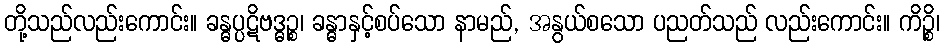
တို့သည်လည်းကောင်း။ ခန္ဓပ္ပဋိဗဒ္ဓဉ္စ၊ ခန္ဓာနှင့်စပ်သော နာမည်, အနွယ်စသော ပညတ်သည် လည်းကောင်း။ ကိဉ္စိ၊